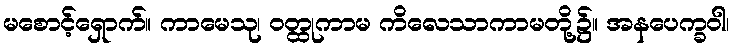
မစောင့်ရှောက်။ ကာမေသု၊ ဝတ္ထုကာမ ကိလေသာကာမတို့၌။ အနပေက္ခဝါ၊